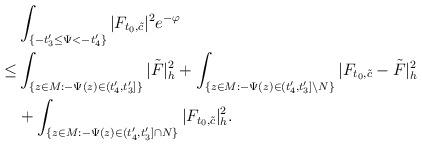
LaTeX: \begin{align*}&\int_{ \{-t'_3\le\Psi<-t'_4\}}|F_{t_0,\tilde{c}}|^2e^{-\varphi}\\\le & \int_{\{z\in M:-\Psi(z)\in (t'_4,t'_3]\}}|\tilde F|^2_h+\int_{\{z\in M:-\Psi(z)\in (t'_4,t'_3]\backslash N\}}|F_{t_0,\tilde{c}}-\tilde F|^2_h\\&+\int_{ \{z\in M: -\Psi(z)\in(t'_4,t'_3]\cap N\}}|F_{t_0,\tilde{c}}|^2_h.\end{align*}